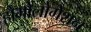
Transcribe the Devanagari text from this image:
होमोलोगेशन